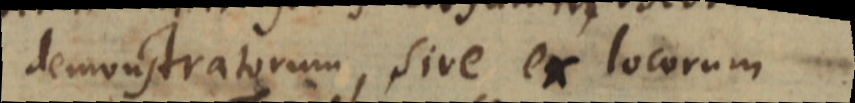
demonstratorum, sive ex locorum